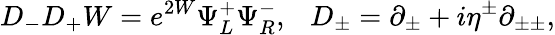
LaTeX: D_{-}D_{+}W=e^{2W}\Psi_{L}^{+}\Psi_{R}^{-},~~~D_{\pm}=\partial_{\pm}+i\eta^{\pm}\partial_{\pm\pm},